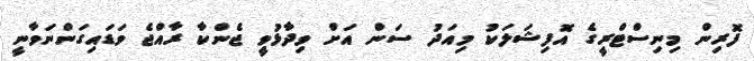
ފޮރިން މިނިސްޓްރީގެ އޮފިޝަލަކު މިއަދު ސަން އަށް ވިދާޅުވީ ޖެންކާ ރާއްޖެ ވަޑައިގަންނަވާނީ